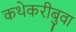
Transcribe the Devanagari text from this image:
कथेकरीबुवा